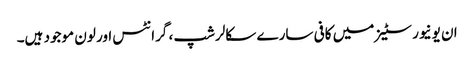
ان یونیورسٹیز میں کافی سارے سکالرشپ ، گرانٹس اور لون موجود ہیں۔